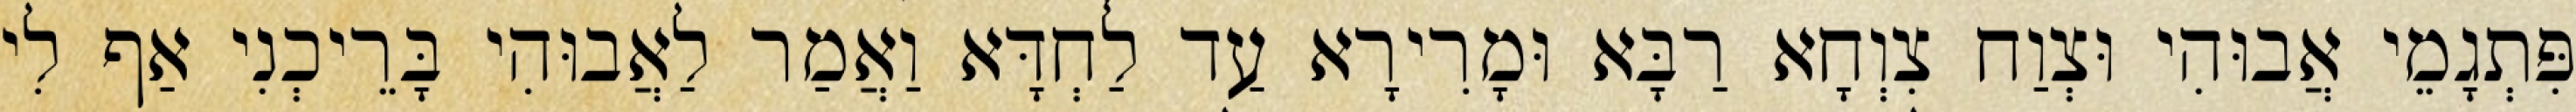
פִּתְגָמֵי אֲבוּהִי וּצְוַח צִוְחָא רַבָּא וּמָרִירָא עַד לַחְדָּא וַאֲמַר לַאֲבוּהִי בָּרֵיכְנִי אַף לִי